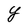
Character: Y